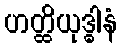
ဟတ္ထိယုဒ္ဓါနံ